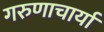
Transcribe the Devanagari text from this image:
गरुणाचार्या